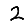
Digit: 2